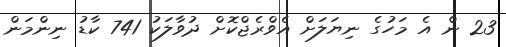
23 ން އެ މަހުގެ ނިޔަލަށް އެވްރެޖްކޮށް ދުވާލަކު 741 ކާޑު ނިންމަން